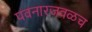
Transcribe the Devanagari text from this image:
पवनारजवळच